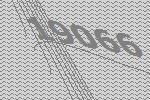
19066